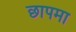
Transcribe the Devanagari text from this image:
छापमा